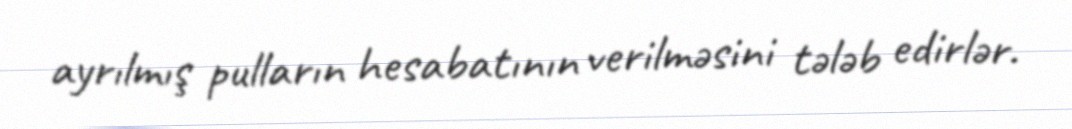
ayrılmış pulların hesabatının verilməsini tələb edirlər.